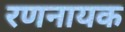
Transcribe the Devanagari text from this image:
रणनायक